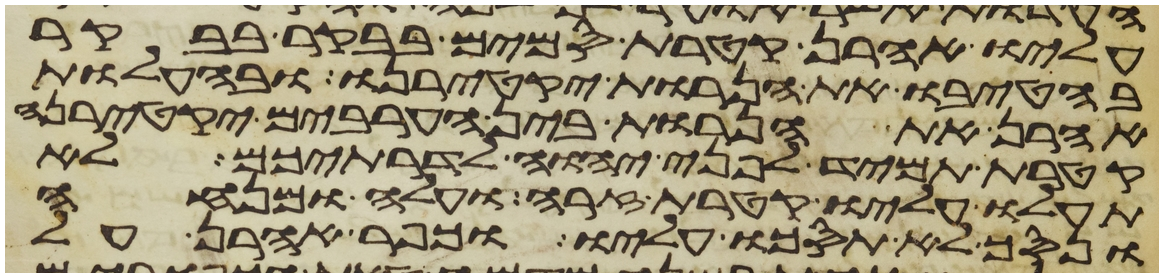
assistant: עליו אהרן קטרת סמים בבקר בבקר
בהטיבו את הנרות יקטירנו ובהעלות
אהרן את הנרות בין הערבים יקטירנה
קטרת תמיד לפני יהוה לדרתיכם לא
תעלו עליו קטרת זרה ועלה ומנחה
ונסך לא תסכו עליו וכפר אהרן על